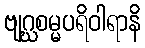
ဗျဂ္ဃစမ္မပရိဝါရာနိ